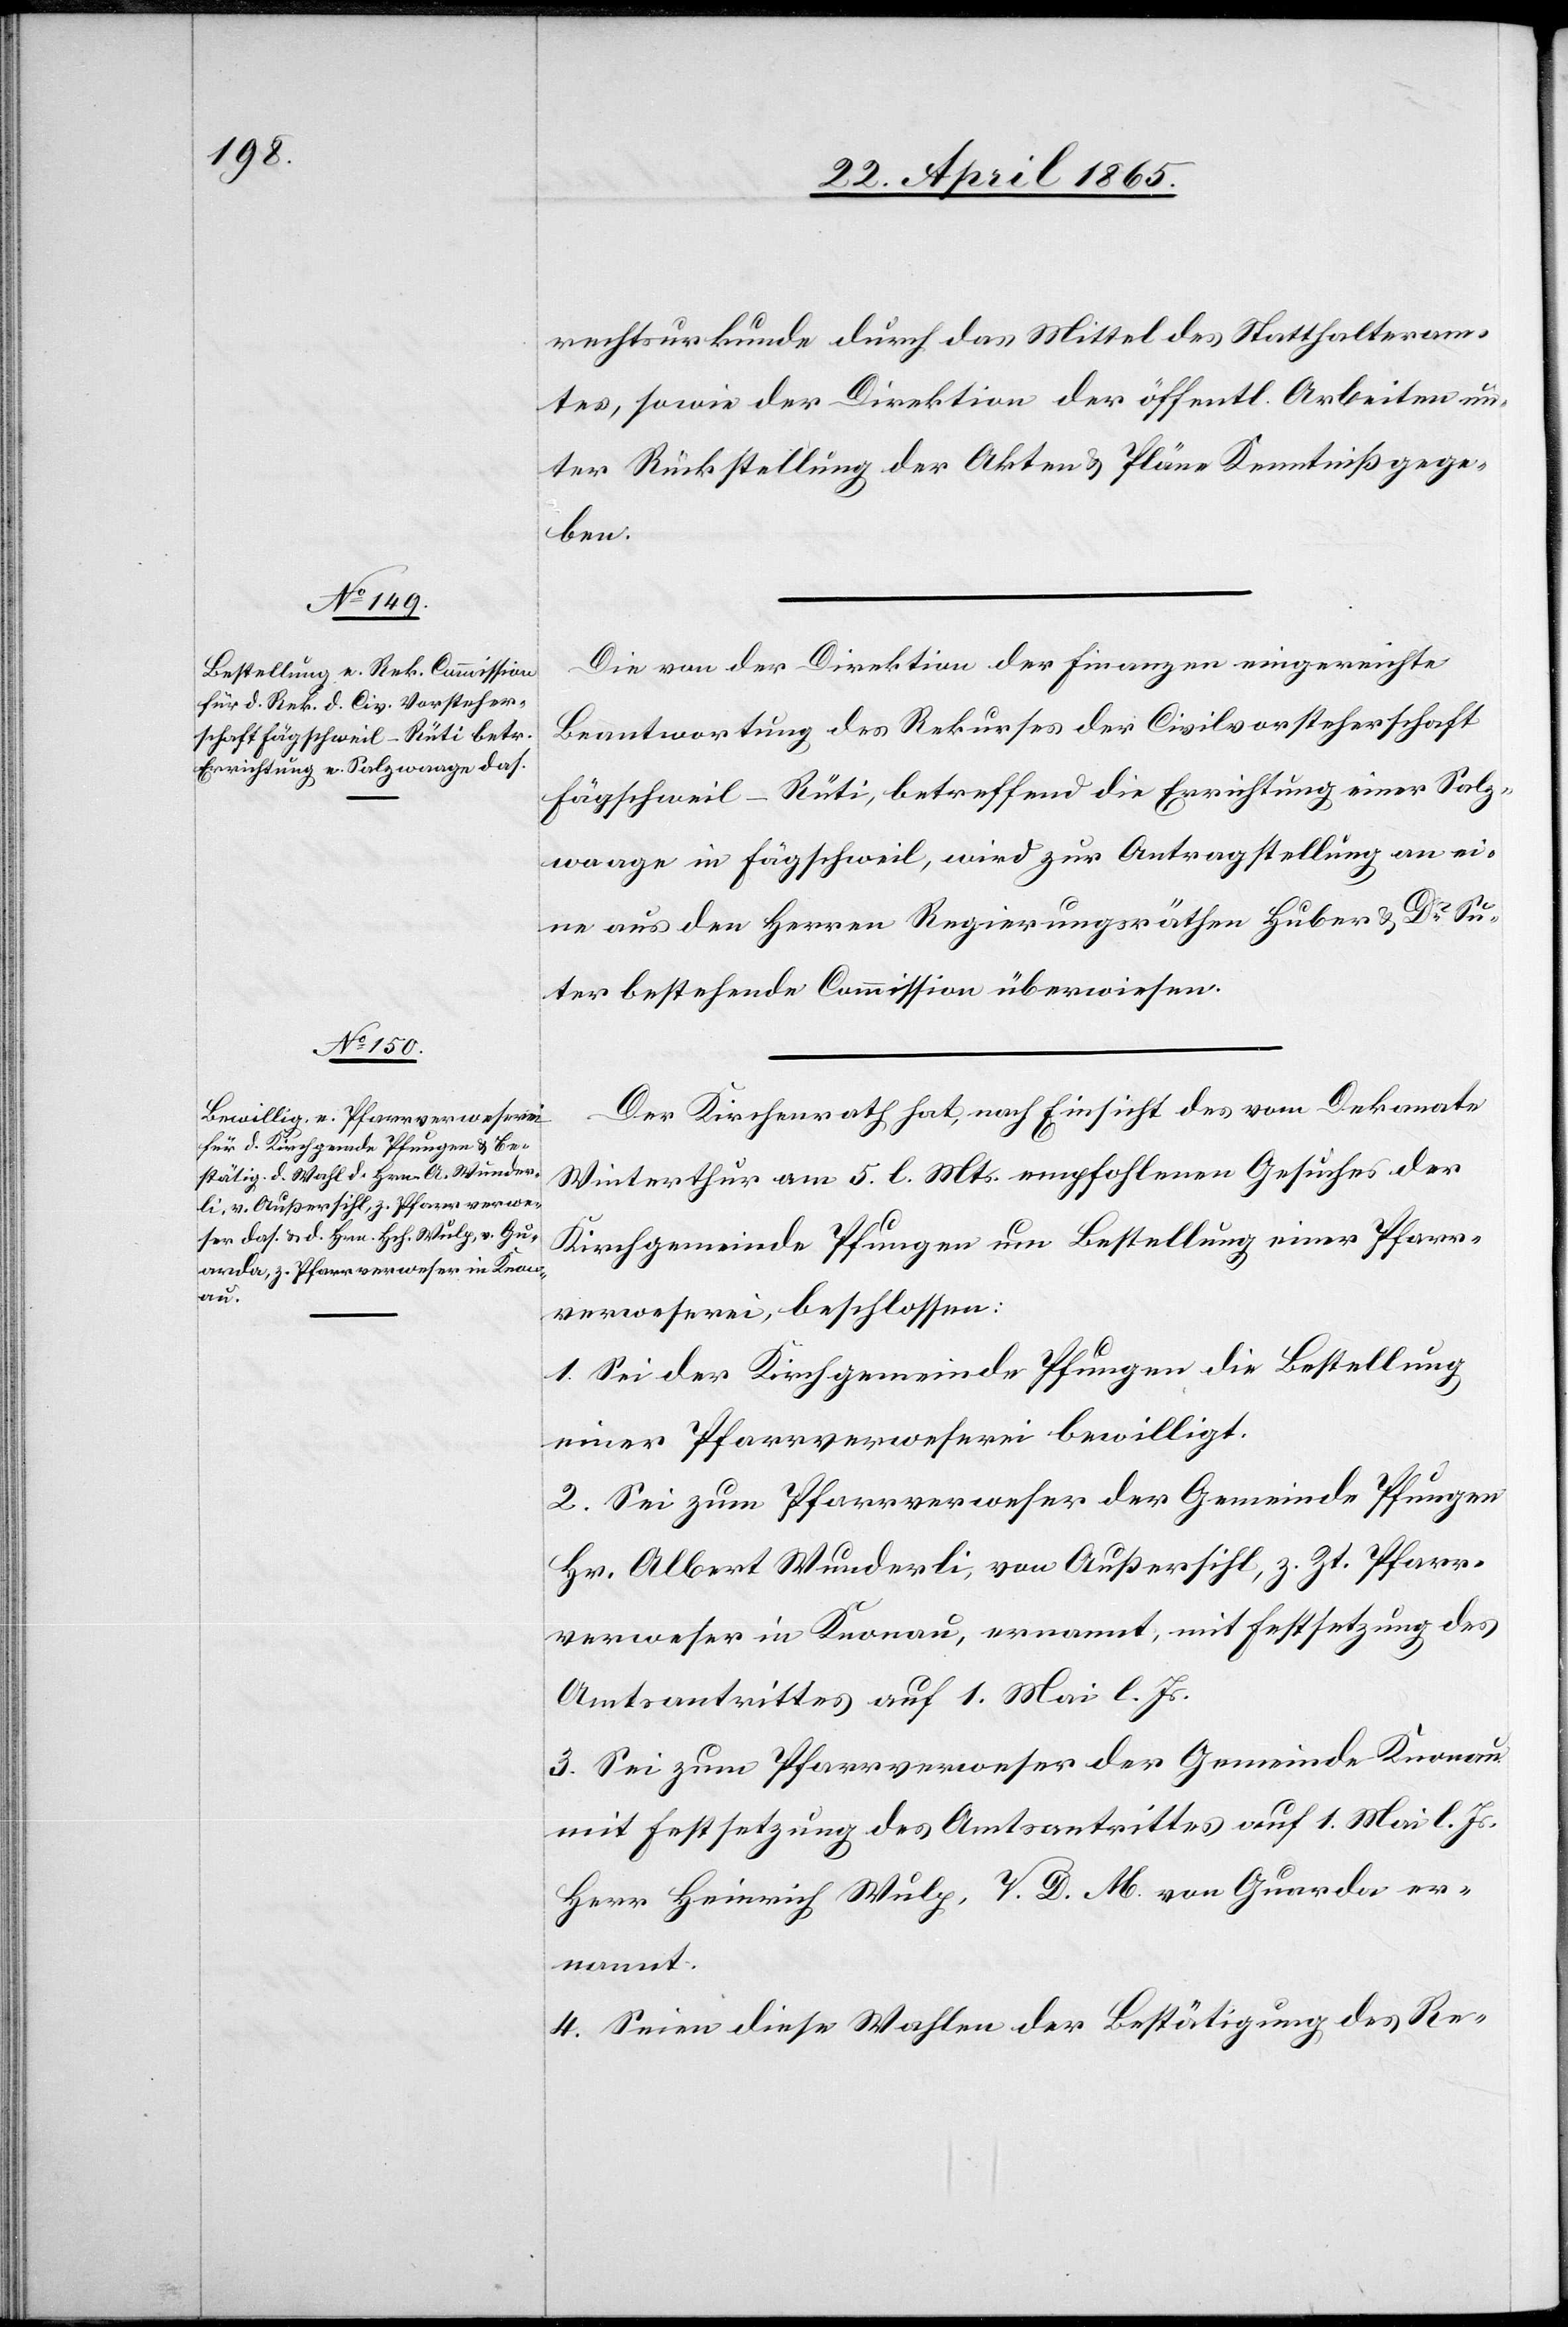
rechtsurkunde durch das Mittel des Statthalteram¬
tes, sowie der Direktion der öffentl. Arbeiten un¬
ter Rückstellung der Akten & Pläne Kenntniß gege¬
ben.
Die von der Direktion der Finanzen eingereichte
Beantwortung des Rekurses der Civilvorsteherschaft
Fägschweil-Rüti, betreffend die Errichtung einer Salz¬
waage in Fägschweil, wird zur Antragstellung an ei¬
ne aus den Herren Regierungsräthen Huber & Dr Su¬
ter bestehenden Commission überwiesen.
Der Kirchenrath hat, nach Einsicht des vom Dekanate
Winterthur am 5. l. Mts. empfohlenen Gesuches der
Kirchgemeinde Pfungen um Bestellung einer Pfarr¬
verweserei, beschlossen:
1. Sei der Kirchgemeinde Pfungen die Bestellung
einer Pfarrverweserei bewilligt.
2. Sei zum Pfarrverweser der Gemeinde Pfungen
Hr. Albert Wunderli, von Außersihl, z. Zt. Pfarr¬
verweser in Knonau, ernannt, mit Festsetzung des
Amtsantrittes auf 1. Mai l. Js.
3. Sei zum Pfarrverweser der Gemeinde Knonau
mit Festsetzung des Amtsantrittes auf 1. Mai l. Js.
Herr Heinrich Wulp, V. D. M. von Guarda er¬
nannt.
4. Seien diese Wahlen der Bestätigung des Re-